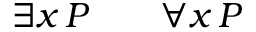
\exists { x } \, P \qquad \forall { x } \, P